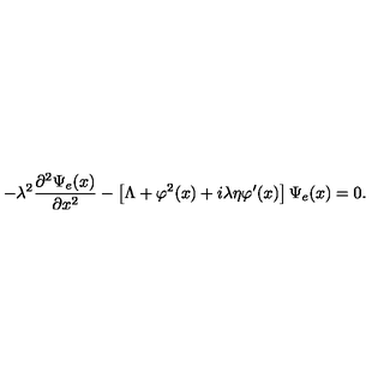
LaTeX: - \lambda ^ { 2 } \frac { \partial ^ { 2 } \Psi _ { e } ( x ) } { \partial x ^ { 2 } } - \left[ \Lambda + \varphi ^ { 2 } ( x ) + i \lambda \eta \varphi ^ { \prime } ( x ) \right] \Psi _ { e } ( x ) = 0 .